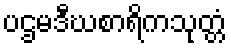
ပဌမဒီဃစာရိကသုတ္တံ